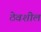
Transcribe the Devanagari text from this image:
ठेवशील